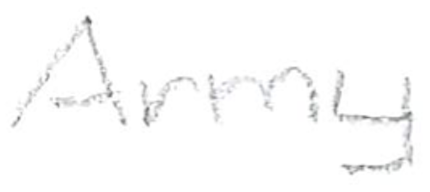
Text: Army
Cross-out: clean
Writing tool: pencil